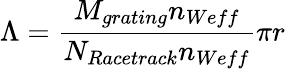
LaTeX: \Lambda=\frac{M_{grating}n_{Weff}}{N_{Racetrack}n_{Weff}}\pi r